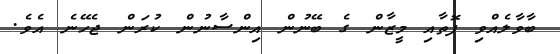
ބާވާލެއްވި ފޮތާއި މީޒާން ގެ ބޭނުން އިންސާނުން ކުރަން ޖެހޭނެ އެވެ.